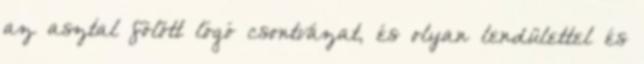
az asztal fölött lógó csontvázat, és olyan lendülettel és